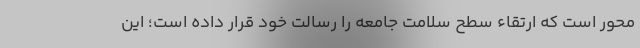
محور است که ارتقاء سطح سلامت جامعه را رسالت خود قرار داده است؛ این